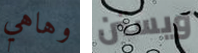
وهاهي ويستن